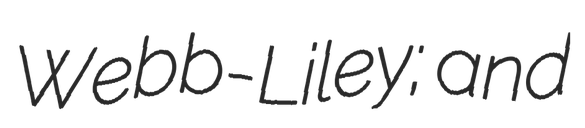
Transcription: Webb-Liley; and